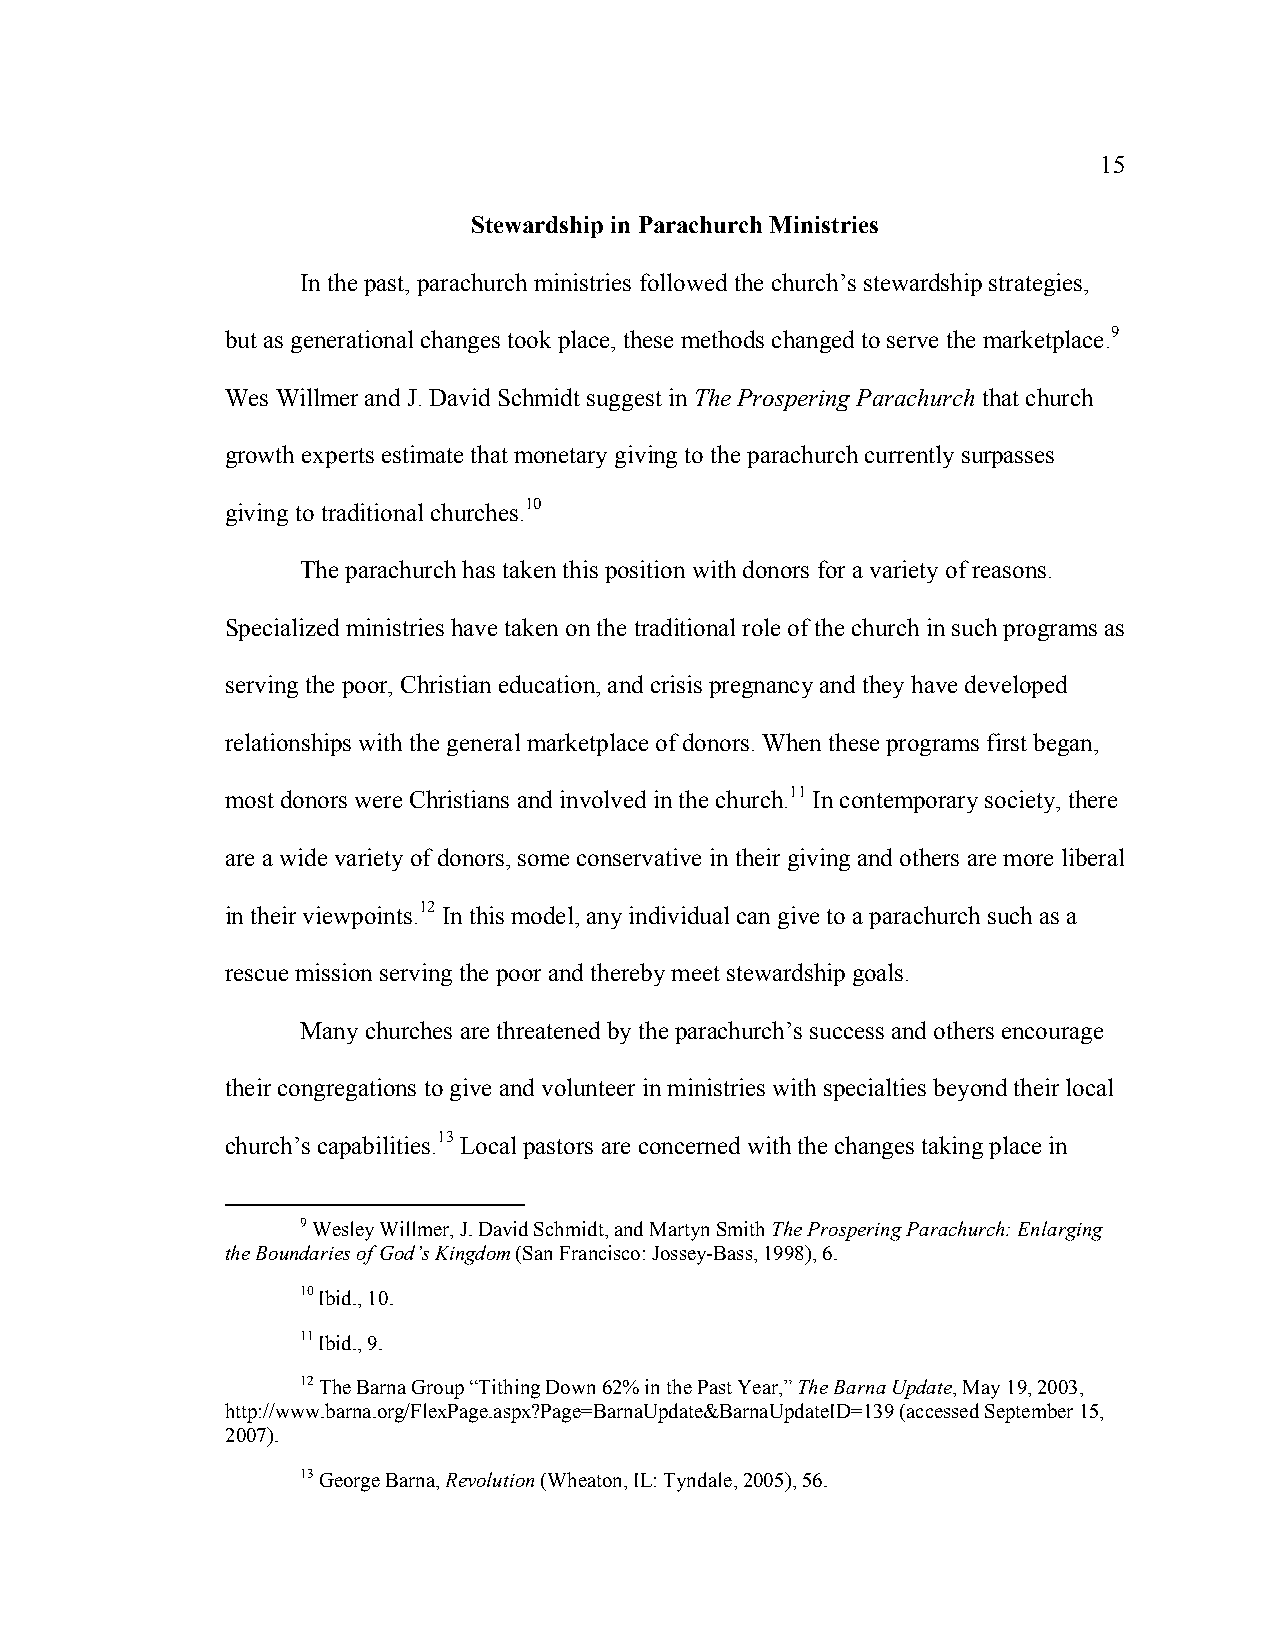
15
 Stewardship in Parachurch Ministries
 In the past, parachurch ministries followed the church’s stewardship strategies,
 but as generational changes took place, these methods changed to serve the marketplace.9
 Wes Willmer and J. David Schmidt suggest in The Prospering Parachurch that church
 growth experts estimate that monetary giving to the parachurch currently surpasses
 giving to traditional churches.10
 The parachurch has taken this position with donors for a variety of reasons.
 Specialized ministries have taken on the traditional role of the church in such programs as
 serving the poor, Christian education, and crisis pregnancy and they have developed
 relationships with the general marketplace of donors. When these programs first began,
 most donors were Christians and involved in the church.11 In contemporary society, there
 are a wide variety of donors, some conservative in their giving and others are more liberal
 in their viewpoints.12 In this model, any individual can give to a parachurch such as a
 rescue mission serving the poor and thereby meet stewardship goals.
 Many churches are threatened by the parachurch’s success and others encourage
 their congregations to give and volunteer in ministries with specialties beyond their local
 church’s capabilities.13 Local pastors are concerned with the changes taking place in
 9 Wesley Willmer, J. David Schmidt, and Martyn Smith The Prospering Parachurch: Enlarging
 the Boundaries of God’s Kingdom (San Francisco: Jossey-Bass, 1998), 6.
 10 Ibid., 10.
 11 Ibid., 9.
 12 The Barna Group “Tithing Down 62% in the Past Year,” The Barna Update, May 19, 2003,
 http://www.barna.org/FlexPage.aspx?Page=BarnaUpdate&BarnaUpdateID=139 (accessed September 15,
 2007).
 13 George Barna, Revolution (Wheaton, IL: Tyndale, 2005), 56.